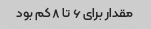
مقدار برای ۶ تا ۸ کم بود